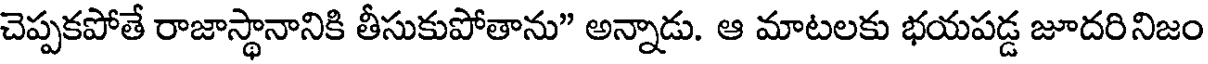
చెప్పకపోతే రాజాస్థానానికి తీసుకుపోతాను" అన్నాడు. ఆ మాటలకు భయపడ్డ జూదరినిజం